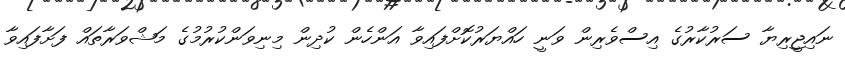
ނައިޖީރިޔާ ސަރުކާރުގެ އިސްވެރިން ވަނީ ހައްޔަރުކޮށްފައިވާ އަންހެން ކުދިން މިނިވަންކުރުމުގެ މަޝްވަރާތައް ފަށާފައިވާ